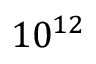
1 0 ^ { 1 2 }